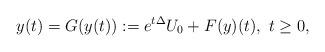
LaTeX: \begin{align*}y(t)=G(y(t)):=e^{t\Delta}U_0+F(y)(t),\ t\geq0,\end{align*}